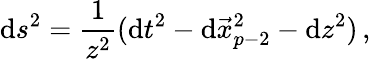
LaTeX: \mathrm{d}s^{2}=\frac{{1}}{{z^{2}}}(\mathrm{d}t^{2}-\mathrm{d}\vec{{x}}_{p-2}^{2}-\mathrm{d}z^{2})\, ,